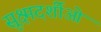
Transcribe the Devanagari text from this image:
सूक्ष्मदर्शीओं